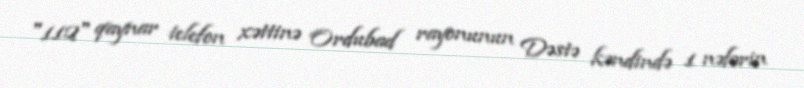
"112" qaynar telefon xəttinə Ordubad rayonunun Dəstə kəndində 1 nəfərin